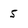
Character: 5